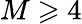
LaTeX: M\geqslant 4